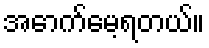
အောက်မေ့ရတယ်။